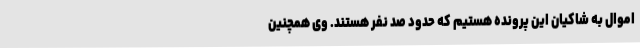
اموال به شاکیان این پرونده هستیم که حدود صد نفر هستند. وی همچنین